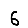
Digit: 6